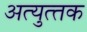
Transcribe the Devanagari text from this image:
अत्‍युत्‍तक